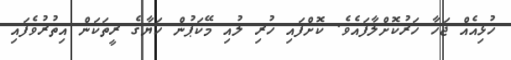
ހުޅިއެއް ޖަހާ ހަރުކޮށްލާފައެވެ. ކޮށްފައި ހުރި ލުއި މޭކަޕުން ހަޔާގެ ރީތަކަން އިތުރުވެފައި